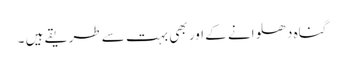
گناہ دھلوانے کے اور بھی بہت سے طریقے ہیں ۔